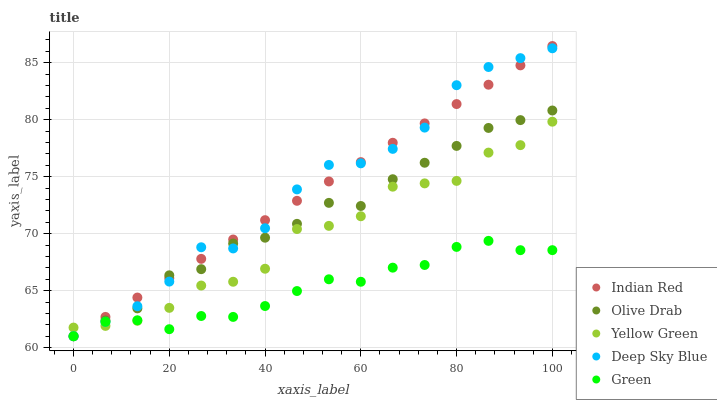
| xaxis_label | Indian Red | Olive Drab | Yellow Green | Deep Sky Blue | Green |
 | --- | --- | --- | --- | --- | --- |
 | 0 | 61 | 61 | 61.8 | 61 | 61 |
 | 6.67 | 62.7 | 62.4 | 61.9 | 62.3 | 62.3 |
 | 13.3 | 64.4 | 63.4 | 62.4 | 63.6 | 62.4 |
 | 20 | 66.1 | 66.3 | 63.5 | 65.8 | 61.6 |
 | 26.7 | 67.8 | 66.9 | 65.4 | 68.8 | 62.8 |
 | 33.3 | 69.5 | 69.1 | 65.8 | 68.7 | 62.7 |
 | 40 | 71.2 | 69.6 | 66.9 | 70.5 | 63.7 |
 | 46.7 | 72.9 | 70.9 | 70.4 | 73.9 | 65 |
 | 53.3 | 74.6 | 72.7 | 70.7 | 76 | 66 |
 | 60 | 76.3 | 72.4 | 71.5 | 76.2 | 65.8 |
 | 66.7 | 78 | 74.8 | 74.1 | 77.4 | 67 |
 | 73.3 | 79.7 | 76.2 | 74.4 | 79.3 | 67.3 |
 | 80 | 81.4 | 77.7 | 74.6 | 83 | 68.8 |
 | 86.7 | 83.1 | 79.3 | 77.1 | 84.6 | 69.4 |
 | 93.3 | 84.8 | 80 | 77.8 | 85.4 | 68.6 |
 | 100 | 86.5 | 80.8 | 79.8 | 86.3 | 68.6 |